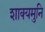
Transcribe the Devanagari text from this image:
शाक्‍यमुनि